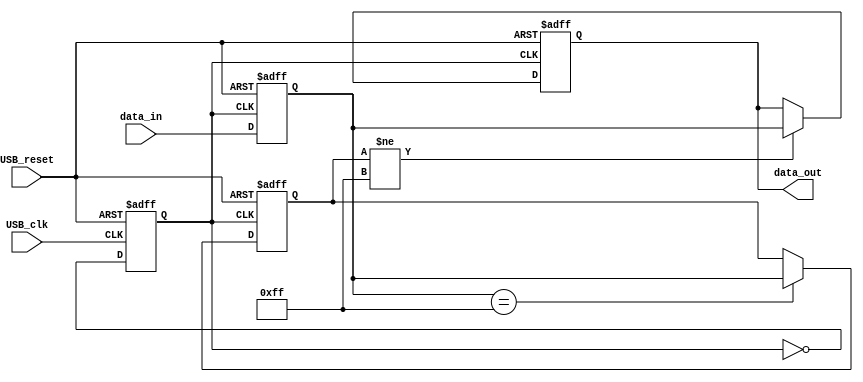
module USB_controller (
  input wire USB_clk,
  input wire USB_reset,
  input wire [7:0] data_in,
  output reg [7:0] data_out
);

// Timing control block
reg USB_clk_int;
always @(posedge USB_clk or posedge USB_reset) begin
  if (USB_reset) begin
    USB_clk_int <= 1'b0;
  end else begin
    USB_clk_int <= ~USB_clk_int;
  end
end

// Synchronization block
reg [7:0] data_synced;
always @(posedge USB_clk_int or posedge USB_reset) begin
  if (USB_reset) begin
    data_synced <= 0;
  end else begin
    data_synced <= data_in;
  end
end

// Error detection and handling block
reg [7:0] error_data;
always @(posedge USB_clk_int or posedge USB_reset) begin
  if (USB_reset) begin
    error_data <= 0;
  end else begin
    if (data_synced == 8'hFF) begin
      error_data <= data_synced;
    end
  end
end

// Data flow control block
always @(posedge USB_clk_int or posedge USB_reset) begin
  if (USB_reset) begin
    data_out <= 0;
  end else begin
    if (error_data != 8'hFF) begin
      data_out <= data_synced;
    end
  end
end

endmodule